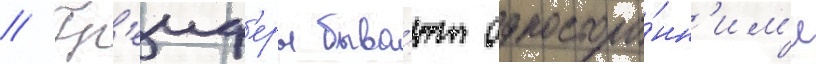
// Гр'еиф'еры быва́ют односторо́нн'им'и